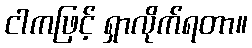
ငါကဖြင့် ရှာလိုက်ရတာ။